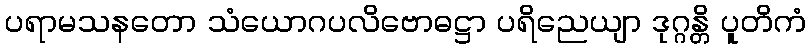
ပရာမသနတော သံယောဂပလိဗောဓဋ္ဌာ ပရိညေယျာ ဒုဂ္ဂန္တိ ပူတိကံ